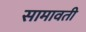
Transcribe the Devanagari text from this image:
सामावती